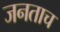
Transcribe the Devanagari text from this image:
जनताच